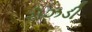
રોઝડી